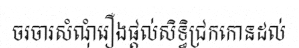
ចរចារសំណុំរឿងផ្តល់សិទ្ធិជ្រកកោនដល់